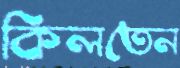
কিলতেন